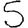
Digit: 5